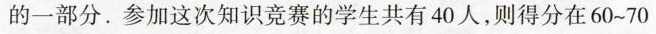
的一部分。参加这次知识竞赛的学生共有40人，则得分在60~70